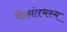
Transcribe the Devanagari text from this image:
वैक्रांतभस्म